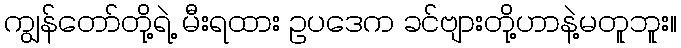
ကျွန်တော်တို့ရဲ့ မီးရထား ဥပဒေက ခင်ဗျားတို့ဟာနဲ့မတူဘူး။